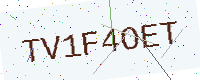
Text: TV1F4OET